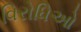
વિરોધિઓ